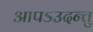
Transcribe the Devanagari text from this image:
आपऽउदन्तु